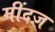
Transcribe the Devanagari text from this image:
मींदज़